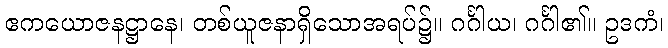
ဧကယောဇနဋ္ဌာနေ၊ တစ်ယူဇနာရှိသောအရပ်၌။ ဂင်္ဂါယ၊ ဂင်္ဂါ၏။ ဥဒကံ၊